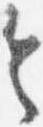
令